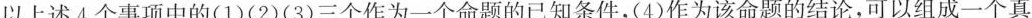
以上述4个事项中的(1)(2)(3)三个作为一个命题的已知条件，(4)作为该命题的结论，可以组成一个真